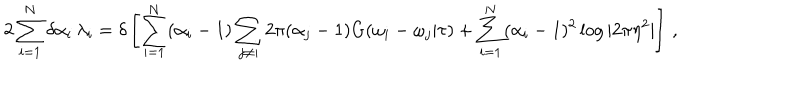
2 \sum _ { i = 1 } ^ { N } \delta \alpha _ { i } \, \lambda _ { i } = \delta \left[ \sum _ { i = 1 } ^ { N } ( \alpha _ { i } - 1 ) \sum _ { j \neq i } 2 \pi ( \alpha _ { j } - 1 ) G ( \omega _ { i } - \omega _ { j } | \tau ) + \sum _ { i = 1 } ^ { N } ( \alpha _ { i } - 1 ) ^ { 2 } \log | 2 \pi \eta ^ { 2 } | \right] \, ,